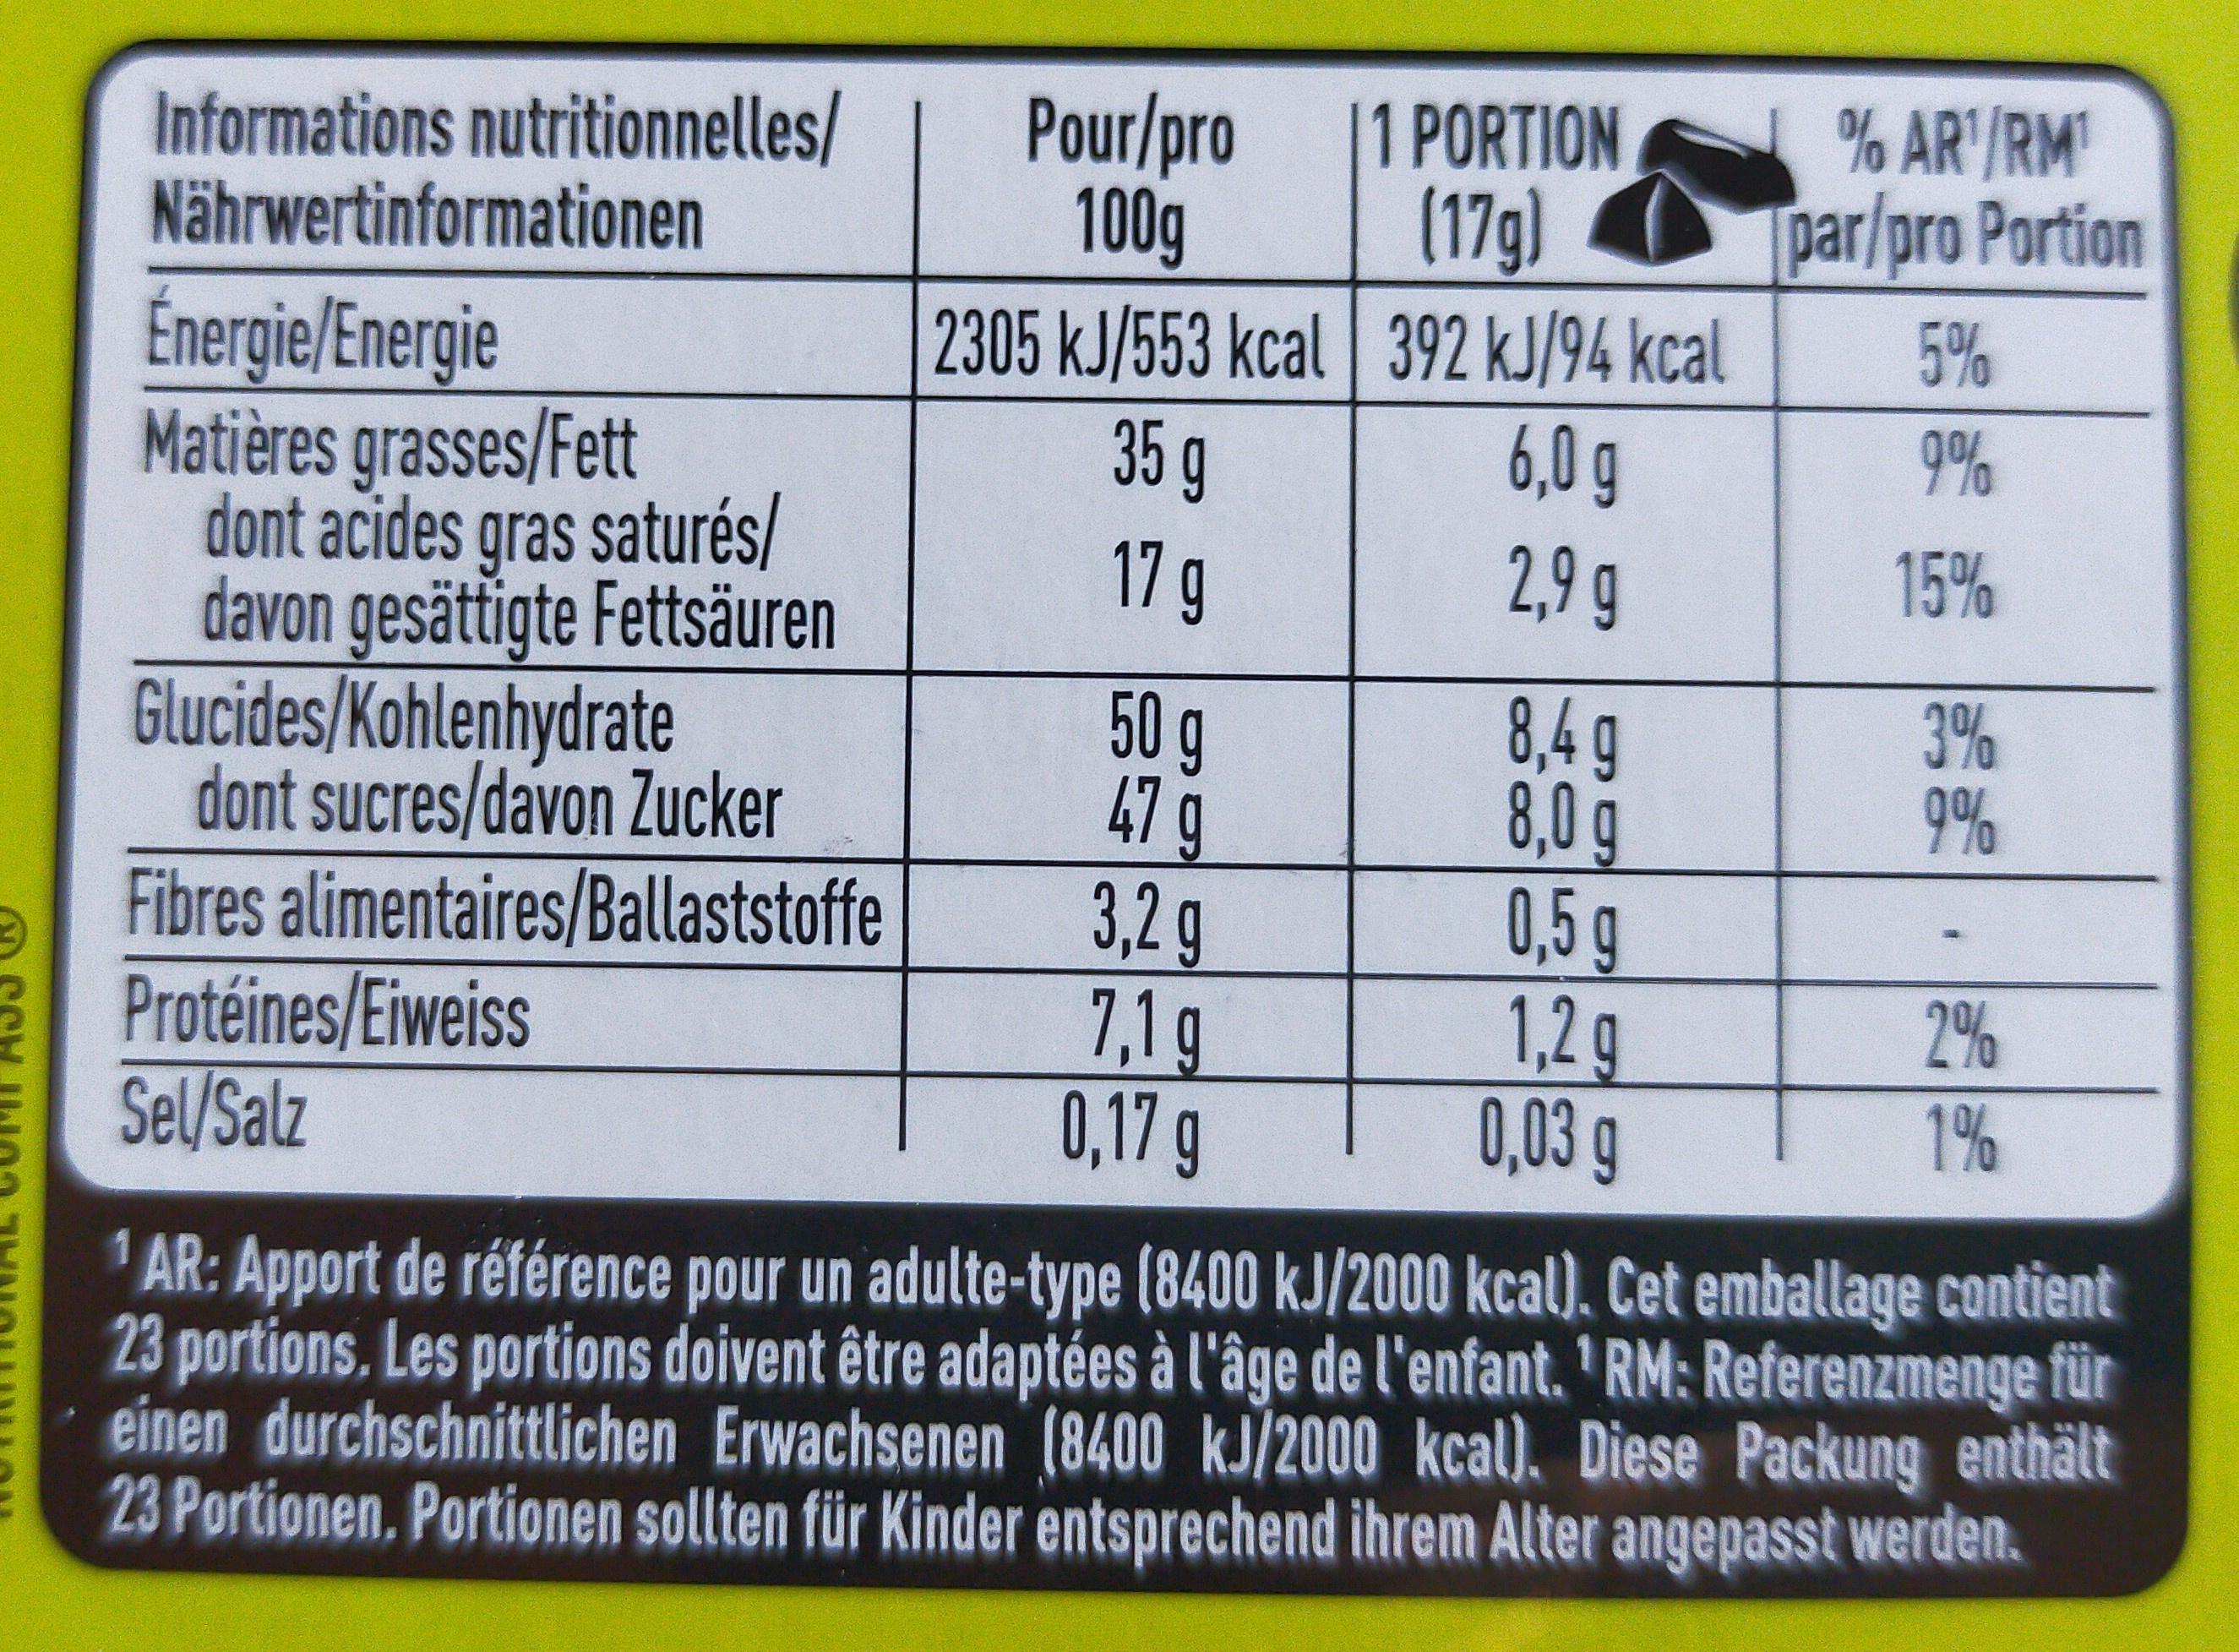
% AR'/RM par/pro Portion
Pour/pro
[1 PORTION
Informations nutritionnelles/ Nährwertinformationen
(17g)
100g 2305 kJ/553 kcal 392 kJ/94 kcal 6,0 g
5%
Énergie/Energie Matières grasses/Fett dont acides gras saturés/ davon gesättigte Fettsäuren Glucides/Kohlenhydrate dont sucres/davon Zucker Fibres alimentaires/Ballaststoffe Protéines/Eiweiss Sel/Salz
35 g
9%
17g
2,9 g
15%
8,4 g 8,0g 0,5g 1,2 g 0,03g
3% 9%
50 g 479 3,2 g 7,1g 0,17 g
2%
1%
AR: Apport de référence pour un adulte-type (8400 kJ/2000 kcal). Cet emballage contient 23 portions. Les portions doivent être adaptées à l'âge de l'enfant. ' RM: Referenzmenge für einen durchschnittlichen Erwachsenen (8400 kJ/2000 kcal)., Diese Packung enthält 23 Portionen, Portionen sollten für Kinder entsprechend ihrem Alter angepasst werden.